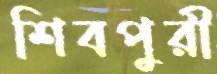
শিবপুরী